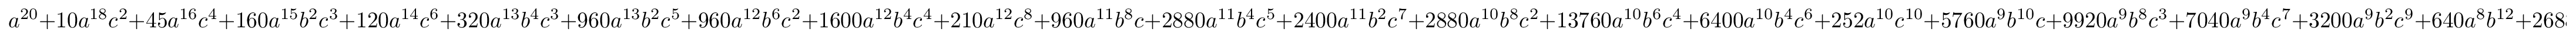
a ^ { 2 0 } + 1 0 a ^ { 1 8 } c ^ { 2 } + 4 5 a ^ { 1 6 } c ^ { 4 } + 1 6 0 a ^ { 1 5 } b ^ { 2 } c ^ { 3 } + 1 2 0 a ^ { 1 4 } c ^ { 6 } + 3 2 0 a ^ { 1 3 } b ^ { 4 } c ^ { 3 } + 9 6 0 a ^ { 1 3 } b ^ { 2 } c ^ { 5 } + 9 6 0 a ^ { 1 2 } b ^ { 6 } c ^ { 2 } + 1 6 0 0 a ^ { 1 2 } b ^ { 4 } c ^ { 4 } + 2 1 0 a ^ { 1 2 } c ^ { 8 } + 9 6 0 a ^ { 1 1 } b ^ { 8 } c + 2 8 8 0 a ^ { 1 1 } b ^ { 4 } c ^ { 5 } + 2 4 0 0 a ^ { 1 1 } b ^ { 2 } c ^ { 7 } + 2 8 8 0 a ^ { 1 0 } b ^ { 8 } c ^ { 2 } + 1 3 7 6 0 a ^ { 1 0 } b ^ { 6 } c ^ { 4 } + 6 4 0 0 a ^ { 1 0 } b ^ { 4 } c ^ { 6 } + 2 5 2 a ^ { 1 0 } c ^ { 1 0 } + 5 7 6 0 a ^ { 9 } b ^ { 1 0 } c + 9 9 2 0 a ^ { 9 } b ^ { 8 } c ^ { 3 } + 7 0 4 0 a ^ { 9 } b ^ { 4 } c ^ { 7 } + 3 2 0 0 a ^ { 9 } b ^ { 2 } c ^ { 9 } + 6 4 0 a ^ { 8 } b ^ { 1 2 } + 2 6 8 8 0 a ^ { 8 } b ^ { 8 } c ^ { 4 } + 4 6 7 2 0 a ^ { 8 } b ^ { 6 } c ^ { 6 } + 9 6 0 0 a ^ { 8 } b ^ { 4 } c ^ { 8 } + 2 1 0 a ^ { 8 } c ^ { 1 2 } + 8 9 6 0 a ^ { 7 } b ^ { 1 2 } c + 6 1 4 4 0 a ^ { 7 } b ^ { 1 0 } c ^ { 3 } + 4 0 3 2 0 a ^ { 7 } b ^ { 8 } c ^ { 5 } + 7 0 4 0 a ^ { 7 } b ^ { 4 } c ^ { 9 } + 2 4 0 0 a ^ { 7 } b ^ { 2 } c ^ { 1 1 } + 3 8 4 0 a ^ { 6 } b ^ { 1 4 } + 2 5 6 0 0 a ^ { 6 } b ^ { 1 2 } c ^ { 2 } + 5 3 1 2 0 a ^ { 6 } b ^ { 8 } c ^ { 6 } + 4 6 7 2 0 a ^ { 6 } b ^ { 6 } c ^ { 8 } + 6 4 0 0 a ^ { 6 } b ^ { 4 } c ^ { 1 0 } + 1 2 0 a ^ { 6 } c ^ { 1 4 } + 4 2 2 4 0 a ^ { 5 } b ^ { 1 2 } c ^ { 3 } + 1 2 3 6 4 8 a ^ { 5 } b ^ { 1 0 } c ^ { 5 } + 4 0 3 2 0 a ^ { 5 } b ^ { 8 } c ^ { 7 } + 2 8 8 0 a ^ { 5 } b ^ { 4 } c ^ { 1 1 } + 9 6 0 a ^ { 5 } b ^ { 2 } c ^ { 1 3 } + 1 2 8 0 a ^ { 4 } b ^ { 1 6 } + 5 7 6 0 0 a ^ { 4 } b ^ { 1 4 } c ^ { 2 } + 6 0 1 6 0 a ^ { 4 } b ^ { 1 2 } c ^ { 4 } + 2 6 8 8 0 a ^ { 4 } b ^ { 8 } c ^ { 8 } + 1 3 7 6 0 a ^ { 4 } b ^ { 6 } c ^ { 1 0 } + 1 6 0 0 a ^ { 4 } b ^ { 4 } c ^ { 1 2 } + 4 5 a ^ { 4 } c ^ { 1 6 } + 1 0 2 4 0 a ^ { 3 } b ^ { 1 6 } c + 4 2 2 4 0 a ^ { 3 } b ^ { 1 2 } c ^ { 5 } + 6 1 4 4 0 a ^ { 3 } b ^ { 1 0 } c ^ { 7 } + 9 9 2 0 a ^ { 3 } b ^ { 8 } c ^ { 9 } + 3 2 0 a ^ { 3 } b ^ { 4 } c ^ { 1 3 } + 1 6 0 a ^ { 3 } b ^ { 2 } c ^ { 1 5 } + 2 3 0 4 0 a ^ { 2 } b ^ { 1 6 } c ^ { 2 } + 5 7 6 0 0 a ^ { 2 } b ^ { 1 4 } c ^ { 4 } + 2 5 6 0 0 a ^ { 2 } b ^ { 1 2 } c ^ { 6 } + 2 8 8 0 a ^ { 2 } b ^ { 8 } c ^ { 1 0 } + 9 6 0 a ^ { 2 } b ^ { 6 } c ^ { 1 2 } + 1 0 a ^ { 2 } c ^ { 1 8 } + 1 0 2 4 0 a b ^ { 1 8 } c + 1 0 2 4 0 a b ^ { 1 6 } c ^ { 3 } + 8 9 6 0 a b ^ { 1 2 } c ^ { 7 } + 5 7 6 0 a b ^ { 1 0 } c ^ { 9 } + 9 6 0 a b ^ { 8 } c ^ { 1 1 } + 1 0 2 4 b ^ { 2 0 } + 1 2 8 0 b ^ { 1 6 } c ^ { 4 } + 3 8 4 0 b ^ { 1 4 } c ^ { 6 } + 6 4 0 b ^ { 1 2 } c ^ { 8 } + c ^ { 2 0 }